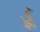
ડૂ